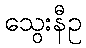
သွေးနီဥ